Leaving Certificate Examination (including Day School Certificate (Higher) General paper), 1930
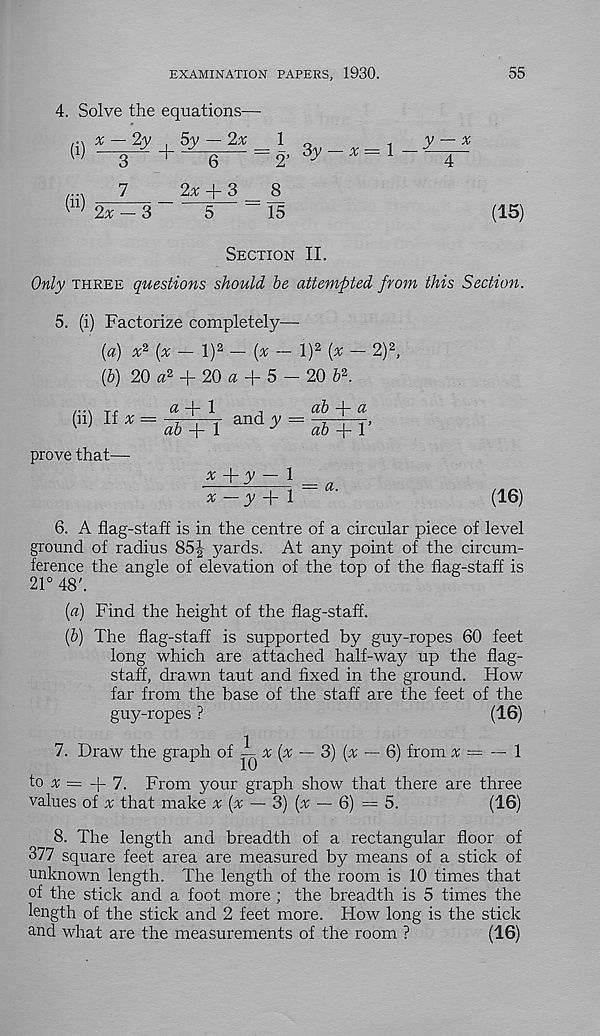
EXAMINATION PAPERS, 1930.
55
4. Solve the equations—
,-n ^ — 2v . 5v — 2a;
1 „
.
W “3^ +"^6
= 2' 3^"a: = 1
7
2x + 3
8
W 2a: — 3
5
15
(15)
Section II.
Only three questions should be attempted from this Section.
5. (i) Factorize completely—
(a) a: 2 (x — l) 2 — (x — l) 2 (x — 2) 2 ,
(&) 20 a 2 + 20 a + 5 - 20 b\
(ii) If a; =
prove that—
a 4" 1
ab —a
aF+T and^ = F6+T’
a; 4- y — 1
•
7—i =
a; —y + 1
(16)
6. A flag-staff is in the centre of a circular piece of level
ground of radius 85|- yards. At any point of the circum-
ference the angle of elevation of the top of the flag-staff is
21° 48'.
(«) Find the height of the flag-staff.
{b) The flag-staff is supported by guy-ropes 60 feet
long which are attached half-way up the flag-
staff, drawn taut and fixed in the ground. How
far from the base of the staff are the feet of the
guy-ropes ?
(16)
7. Draw the graph of i a; (a; — 3) (a; — 6) from a; = — 1
to a; = -f 7. From your graph show that there are three
values of a; that make x (x — 3) (x — 6) — 5.
(16)
8. The length and breadth of a rectangular floor of
377 square feet area are measured by means of a stick of
unknown length. The length of the room is 10 times that
of the stick and a foot more ; the breadth is 5 times the
length of the stick and 2 feet more. How long is the stick
and what are the measurements of the room ?
(16)